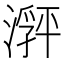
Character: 𬈽